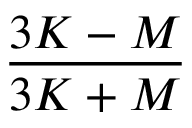
\frac { 3 K - M } { 3 K + M }